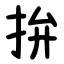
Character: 拚